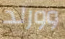
وورلد